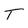
Character: T